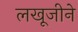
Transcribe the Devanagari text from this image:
लखूजीने